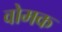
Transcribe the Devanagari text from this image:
वोमक